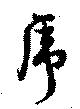
虎